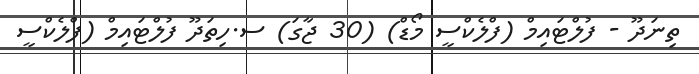
ތިނަދޫ - ފުލްޓައިމް (ފްލެކްސީ މޯޑް) (30 ޖާގަ) ސ.ހިތަދޫ ފުލްޓައިމް (ފްލެކްސީ